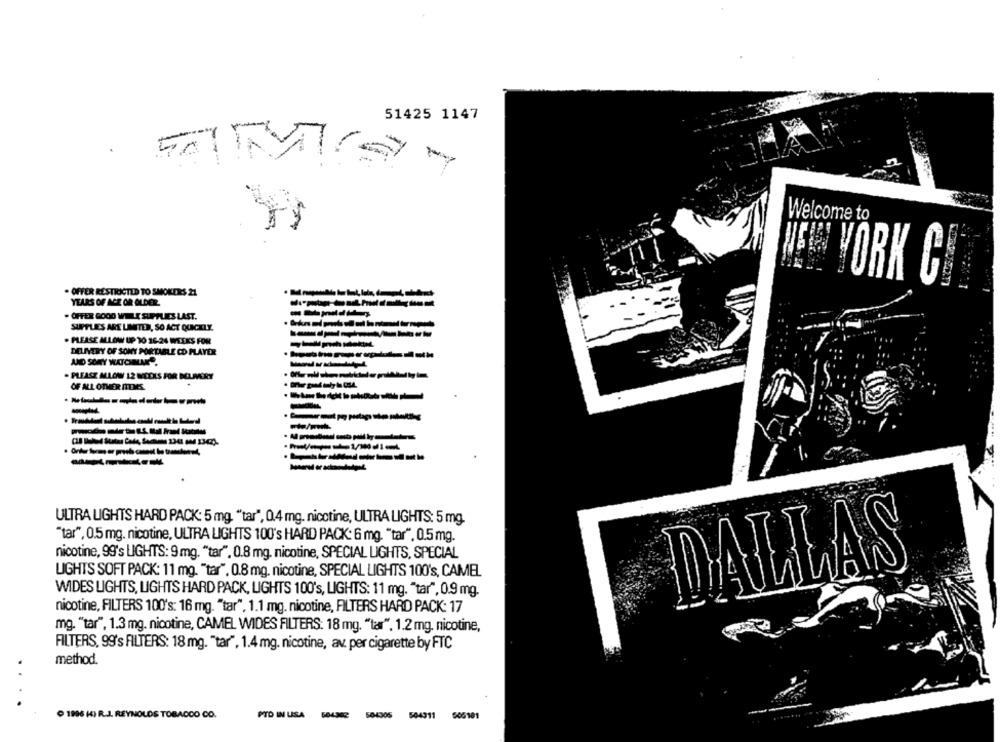
51425 1147
Welcome to
WE YORK C
OFFER RESTICCTLD TO SMOKERS 21
YEARS OF AGE OR OLDER.
. OFFER GOOD WILLĘ SUPPLIES LAST.
SUPPLIES ARE LIMITED, SO ACT QUICKLY.
. PLEASE MLOW UP TO 16-24 WEEKS FOR
DELIVERY OF SONY PORTABLE CD PLAYER
AND SONY WATCHMAN .
. PLEASE MLOW 12 WEEKS FOR DELIVERY
OF ALL OTHER ITTMES
-
ULTRA LIGHTS HARD PACK: 5 mg, "tar", 0.4 mg. nicotine, ULTRA LIGHTS: 5 mg.
"tar", 0.5 mg. nicotine, ULTRA LIGHTS 100's HARD PACK: 6 mg. "tar". 0.5 mg.
nicotine, 99's LIGHTS: 9 mg. "tar". 0.8 mg. nicotine, SPECIAL LIGHTS, SPECIAL
LIGHTS SOFT PACK: 11 mg. "tar". 0.8 mg. nicotine, SPECIAL LIGHTS 100's, CAMEL
WIDES LIGHTS, LIGHTS HARD PACK, LIGHTS 100's, LIGHTS: 11 mg. "tar", 0.9 mg.
nicotine, FILTERS 100's: 16 mg. "tar", 1.1 mg. nicotine, FILTERS HARD PACK: 17
mg. "tar", 1.3 mg. nicotine, CAMEL WIDES FILTERS: 18 mg. "tar". 1.2 mg, nicotine,
FILTERS, 99's FILTERS: 18 mg. "tar", 1.4 mg. nicotine, av per cigarette by FTC
method.
1996 H) R.J. REYNOLDS TOBACCO CO.
PTO IN USA
504302
504305
544911
506101